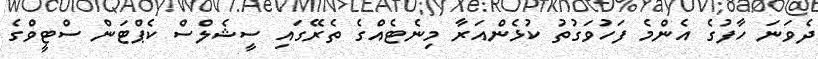
ދެވަނަ ހާފުގެ އެންމެ ފަހުވަގުތު ކުޅެންއަރާ މިނެޓެއްގެ ތެރޭގައި ސީޝެލްސް ކެޕްޓަން ސްޓީވްގެ